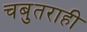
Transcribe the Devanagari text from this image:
चबुतराही